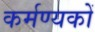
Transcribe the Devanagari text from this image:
कर्मण्यकों